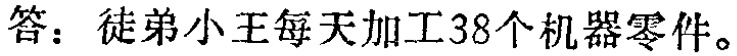
答：徒弟小王每天加工38个机器零件。